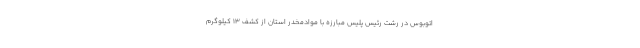
اتوبوس در رشت رئیس پلیس مبارزه با موادمخدر استان از کشف ۱۳ کیلوگرم